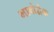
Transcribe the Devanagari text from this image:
भावोद्वेक